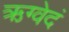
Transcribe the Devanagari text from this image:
ऋग्वेदं